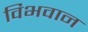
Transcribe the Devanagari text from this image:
विभवान